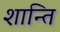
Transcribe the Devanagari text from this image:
शान्‍ति